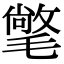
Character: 氅